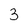
Character: 3